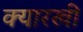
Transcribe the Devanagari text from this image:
क्यारखी